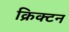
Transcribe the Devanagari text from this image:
क्रिक्टन